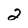
Character: 2